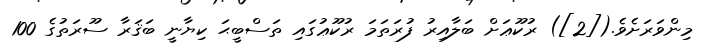
މިންވަރަށެވެ.([2]) ރުކޫޢަށް ބަލާއިރު ފުރަތަމަ ރުކޫޢުގައި ތަސްބީޙަ ކިޔާނީ ބަޤަރާ ސޫރަތުގެ 100